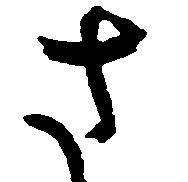
さ